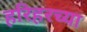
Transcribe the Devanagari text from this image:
हरिहरच्या